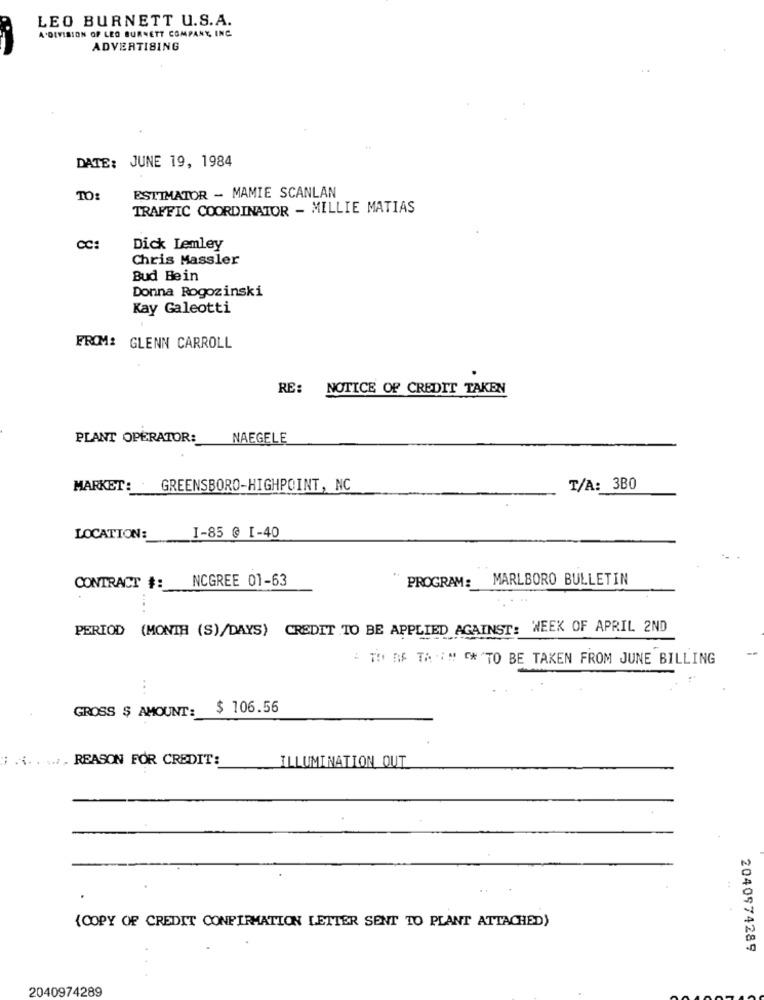
LEO BURNETT U.S.A.
A.DIVISION OF LEO BURNETT COMPANY, INC.
ADVERTISING
DATE: JUNE 19, 1984
ESTIMATOR - MAMIE SCANLAN
TO:
TRAFFIC COORDINATOR - MILLIE MATIAS
Dick Lemley
Chris Massler
Bud Bein
Donna Rogozinski
Kay Galeotti
FROM: GLENN CARROLL
RE: NOTICE OF CREDIT TAKEN
PLANT OPERATOR:
NAEGELE
MARKET :
GREENSBORO-HIGHPOINT, NC
T/A: 3B0
LOCATION:
1-85 @ I-40
CONTRACT #: NCGREE 01-63
PROGRAM: MARLBORO BULLETIN
PERIOD (MONTH (S)/DAYS) CREDIT TO BE APPLIED AGAINST: WEEK OF APRIL 2ND
-
- TO DF TAI" * "TO BE TAKEN FROM JUNE BILLING
..
$ 106.56
GROSS $ AMOUNT:
i .... ... . REASON FOR CREDIT:
ILLUMINATION OUT
(COPY OF CREDIT CONFIRMATION LETTER SENT TO PLANT ATTACHED)
2040974289
2040974289